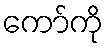
ကော်ကို